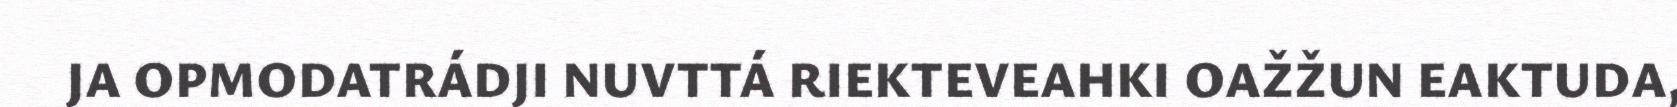
JA OPMODATRÁDJI NUVTTÁ RIEKTEVEAHKI OAŽŽUN EAKTUDA,